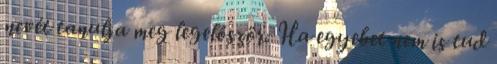
nevét tanulja meg legelőször. Ha egyebet nem is tud